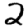
Digit: 2